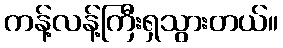
ကန့်လန့်ကြီးရှသွားတယ်။